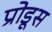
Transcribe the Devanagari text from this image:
प्रोडूस